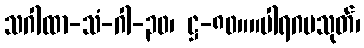
သဂါထာ-သံ-ဂါ-၃၀၊ ဋ္ဌ-၈၀။။ပါရဂမသုတ်၊